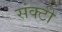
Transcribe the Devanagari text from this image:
संक्टी